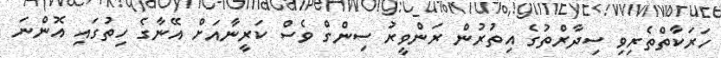
ހަރަކާތްތެރިވި ސިދާރްތުގެ އިތުރުން ރަންވީރު ސިންގް ވެސް ކަރީނާއަށް އޭނާގެ ހިތުގައި އޮންނަ